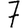
Digit: 7